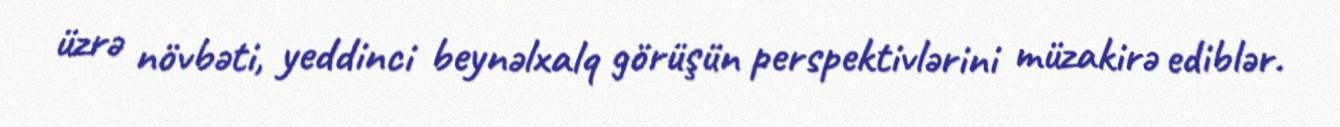
üzrə növbəti, yeddinci beynəlxalq görüşün perspektivlərini müzakirə ediblər.